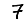
Digit: 7